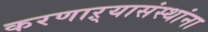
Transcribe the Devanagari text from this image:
करणाऱ्यासंस्थांना